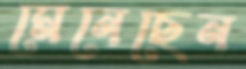
মেনেছেন